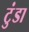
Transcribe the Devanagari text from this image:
टुंडा